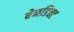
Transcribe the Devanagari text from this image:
बेनडिक्ट